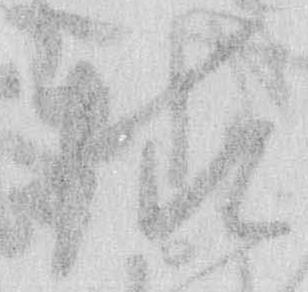
様